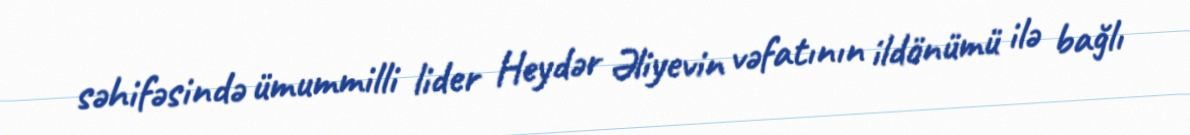
səhifəsində ümummilli lider Heydər Əliyevin vəfatının ildönümü ilə bağlı